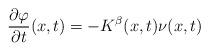
LaTeX: \begin{align*}\frac{\partial \varphi}{\partial t}(x,t)= -K^{\beta}(x,t)\nu(x,t)\end{align*}